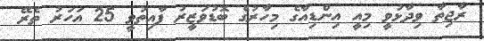
ރާޖިތާ ވިދާޅުވީ މިއީ އިންޑިއާގެ މިހާރުގެ ބޮޑުވަޒީރު ފާއިތުވީ 25 އަހަރު ތެރޭ